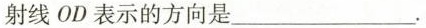
射线OD表示的方向是___.